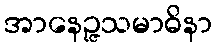
အာနေဉ္ဇသမာဓိနာ